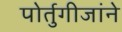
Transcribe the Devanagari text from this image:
पोर्तुगीजांने